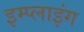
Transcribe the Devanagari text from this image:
इम्प्‍लाइंग